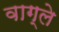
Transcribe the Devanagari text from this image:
वाग्ले